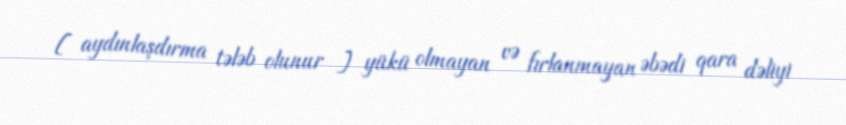
[ aydınlaşdırma tələb olunur ] yükü olmayan və fırlanmayan əbədi qara dəliyi